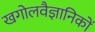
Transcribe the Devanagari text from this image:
खगोलवैज्ञानिकों